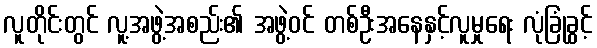
လူတိုင်းတွင် လူ့အဖွဲ့အစည်း၏ အဖွဲ့ဝင် တစ်ဦးအနေနှင့်လူမှုရေး လုံခြုံခွင့်